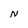
Character: N